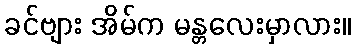
ခင်ဗျား အိမ်က မန္တလေးမှာလား။